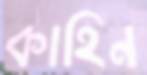
কাহিন